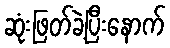
ဆုံးဖြတ်ခဲ့ပြီးနောက်